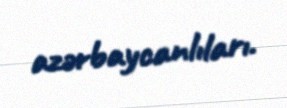
azərbaycanlıları.